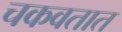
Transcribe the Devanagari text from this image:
चकवतात